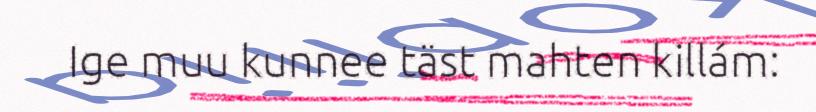
Ige muu kunnee täst mahten killám: